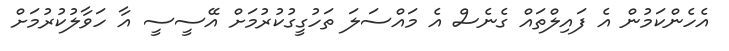
އެހެންކަމުން އެ ފައިލްތައް ގެނެސް އެ މައްސަލަ ތަހުގީގުކުރުމަށް އޭސީސީ އާ ހަވާލުކުރުމަށް